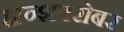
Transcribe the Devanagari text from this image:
हान्शबरोबर